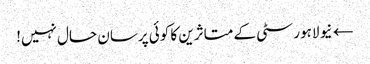
← نیو لاہور سٹی کے متاثرین کا کوئی پرسان حال نہیں!